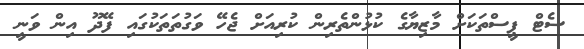
ސެޓް ޕީސްތަކަށް މާޒިޔާގެ ކުޅުންތެރިން ކުރިއަށް ޖެހޭ ވަގުތަތަކުގައި ފޭދޫ އިން ވަނީ